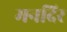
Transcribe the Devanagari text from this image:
मनदिर